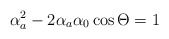
\begin{align*}\alpha^{2}_{a}-2\alpha_{a}\alpha_{0}\cos\Theta=1\end{align*}